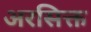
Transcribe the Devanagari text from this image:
अरसिक्त